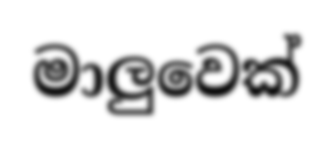
මාලුවෙක්